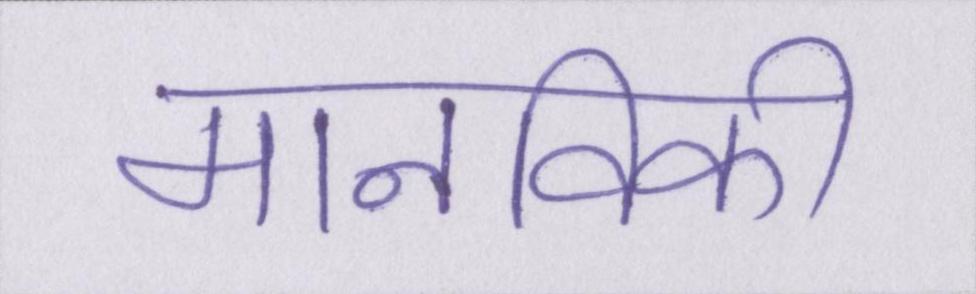
मानविकी